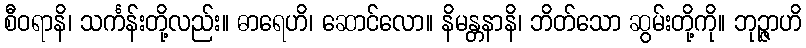
စီဝရာနိ၊ သင်္ကန်းတို့လည်း။ ဓာရေဟိ၊ ဆောင်လော။ နိမန္တနာနိ၊ ဘိတ်သော ဆွမ်းတို့ကို။ ဘုဉ္ဇာဟိ